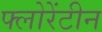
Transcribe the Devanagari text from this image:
फ्लोरेंटीन